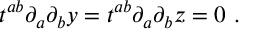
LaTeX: t ^ { a b } \partial _ { a } \partial _ { b } y = t ^ { a b } \partial _ { a } \partial _ { b } z = 0 \ .